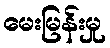
မေးမြန်းမှု